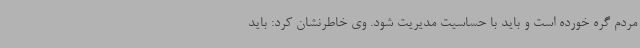
مردم گره خورده است و باید با حساسیت مدیریت شود. وی خاطرنشان کرد: باید